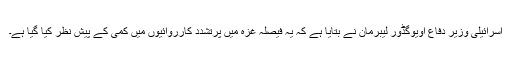
اسرائیلی وزیر دفاع اویوگڈور لیبرمان نے بتایا ہے کہ یہ فیصلہ غزہ میں پرتشدد کارروائیوں میں کمی کے پیش نظر کیا گیا ہے۔